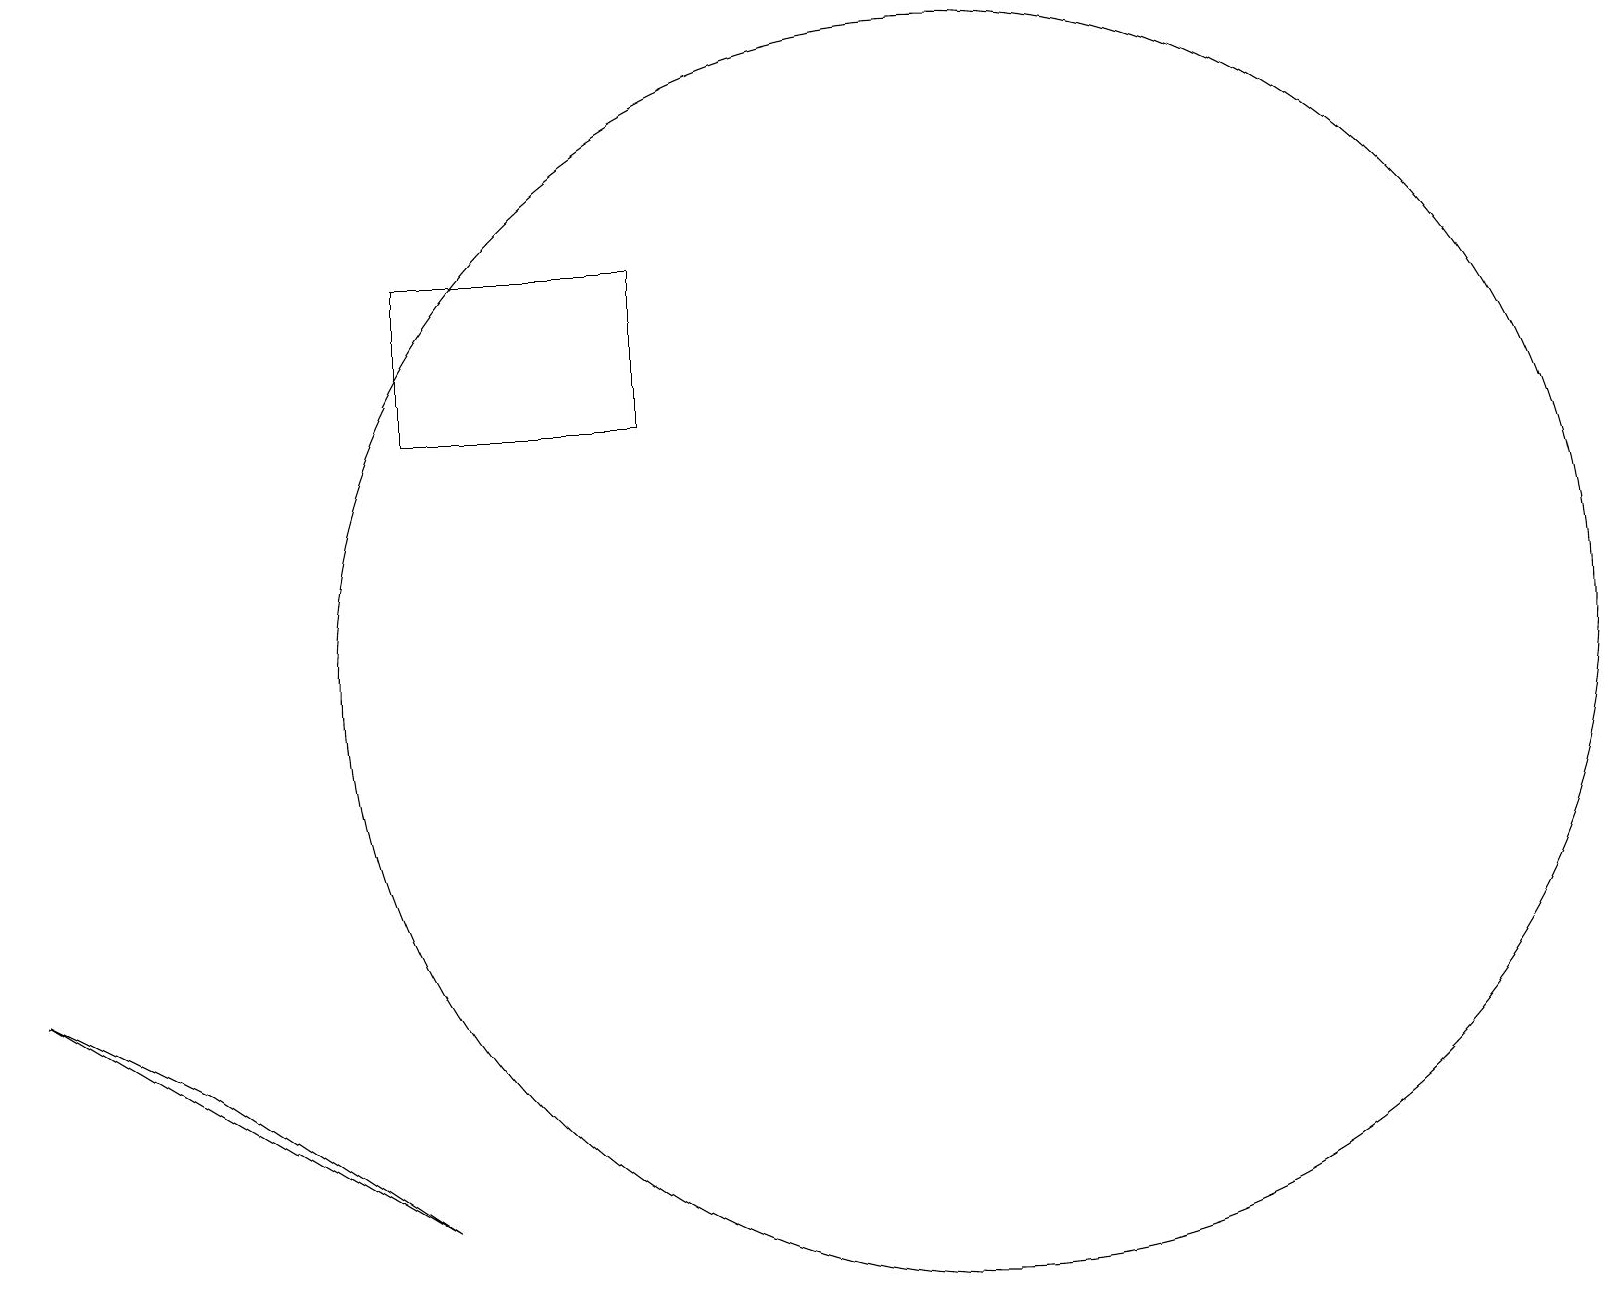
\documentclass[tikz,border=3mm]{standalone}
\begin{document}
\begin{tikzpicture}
\draw (8,15) rectangle (5,17);
\draw (5,5) -- (0,8) -- (2,7) -- cycle;
\draw (11,12) circle (0);
\draw (12,12) circle (8);
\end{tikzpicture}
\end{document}